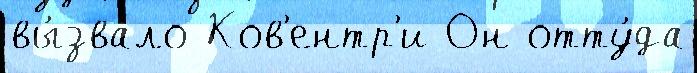
вы́звало Ков'ентр'и Он отту́да